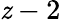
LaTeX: \mathit{z}-2